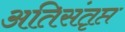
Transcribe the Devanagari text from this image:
अतिसंतृप्त